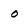
Character: o